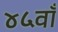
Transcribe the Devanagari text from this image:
४५वाँ